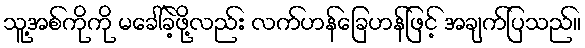
သူ့အစ်ကိုကို မခေါ်ခဲ့ဖို့လည်း လက်ဟန်ခြေဟန်ဖြင့် အချက်ပြသည်။